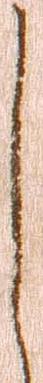
し